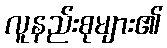
လူနည်းစုများ၏